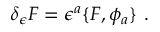
\delta _ { \epsilon } F = \epsilon ^ { a } \{ F , \phi _ { a } \} \, \, .